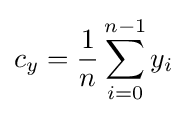
c_{y}={\frac {1}{n}}\sum _{i=0}^{n-1}y_{i}